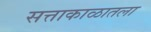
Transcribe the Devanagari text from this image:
सत्ताकाळातला